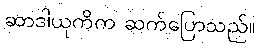
ဆာဒါယုကိက ဆက်ပြောသည်။